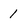
Character: 1